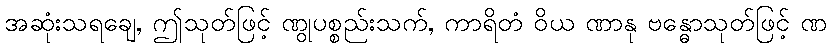
အဆုံးသရချေ, ဤသုတ်ဖြင့် ဏွုပစ္စည်းသက်, ကာရိတံ ဝိယ ဏာနု ဗန္ဓောသုတ်ဖြင့် ဏ